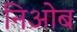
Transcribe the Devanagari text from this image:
निओब